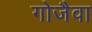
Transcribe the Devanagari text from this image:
गोजैवा